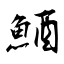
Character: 鯂